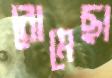
রোমেছা